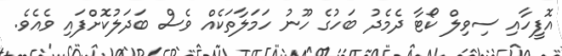
އޮފީހާއި ސިވިލް ކޯޓާ ދެމެދު ބަހުގެ ހޫނު ހަމަލާތަކެއް ވެސް ބަދަލުކޮށްފައި ވެއެވެ.